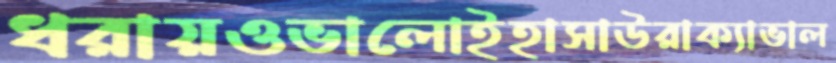
ধরায়ওভালোইহাসাউরাক্যাভাল